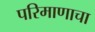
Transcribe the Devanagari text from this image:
परिमाणाचा